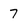
Character: 7